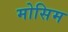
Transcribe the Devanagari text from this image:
मोसिम